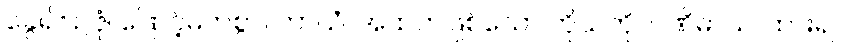
ခွေ၍။ ဥဇုံ၊ ဖြောင့်မတ်စွာ။ ကာယံ၊ အထက်ဖြစ်သော ကိုယ်ကို။ ပဏိဓာယ၊ ထား၍။